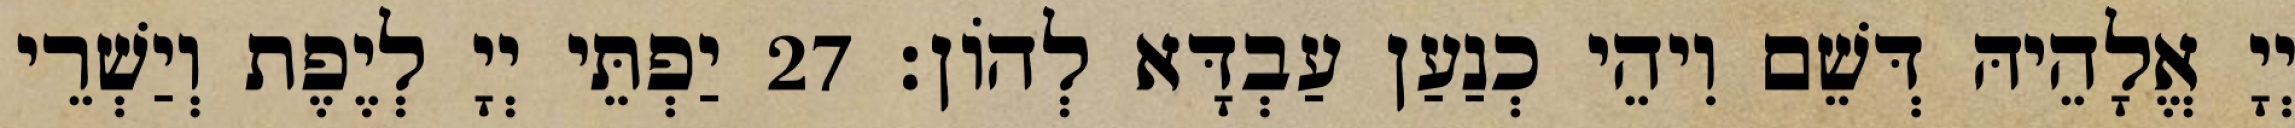
יְיָ אֱלָהֵיהּ דְּשֵׁם וִיהֵי כְנַעַן עַבְדָּא לְהוֹן׃ 27 יַפְתֵּי יְיָ לְיֶפֶת וְיַשְׁרֵי